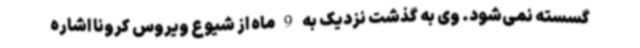
گسسته نمی‌شود. وی به گذشت نزدیک به 9 ماه از شیوع ویروس کرونا اشاره